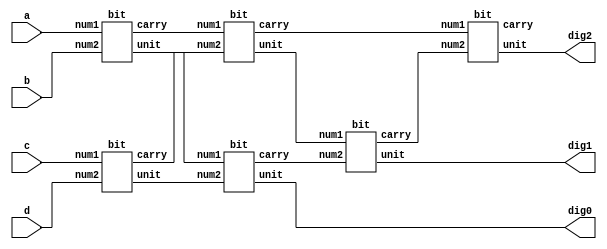
module First (a,b,c,d,dig0,dig1,dig2);
    input a,b,c,d;
    output dig0,dig1,dig2;
    wire c1,c2,c3,c4,c5,c6,u1,u2,u3,u4,u5,u6;
    bit a1(c1,u1,a,b);
    bit a2(c2,u2,c,d);
    bit a3(c3,u3,u1,u2);
    bit a4(c4,u4,c1,c2);
    bit a5(c5,u5,u4,c3);
    bit a6(c6,u6,c4,c5);

    assign dig0=u3;
    assign dig1=u5;
    assign dig2=u6;
endmodule

module bit (carry, unit,num1,num2);
    input num1,num2;
    output carry,unit;

    assign unit = num1 ^ num2;
   assign carry = (num1 & num2);
endmodule